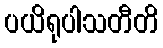
ပယိရုပါသတီတိ